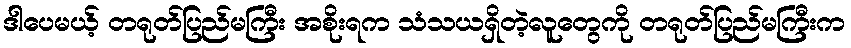
ဒါပေမယ့် တရုတ်ပြည်မကြီး အစိုးရက သံသယရှိတဲ့လူတွေကို တရုတ်ပြည်မကြီးက